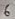
Text: 6